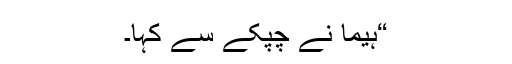
“ہیما نے چپکے سے کہا۔